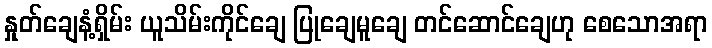
နှုတ်ချေနံ့ရှိမ်း ယူသိမ်းကိုင်ချေ ပြုချေမူချေ တင်ဆောင်ချေဟု စေသောအရာ